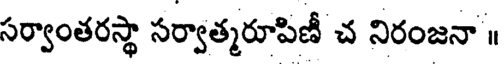
సర్వాంతరస్థా సర్వాత్మరూపిణీ చ నిరంజనా ॥